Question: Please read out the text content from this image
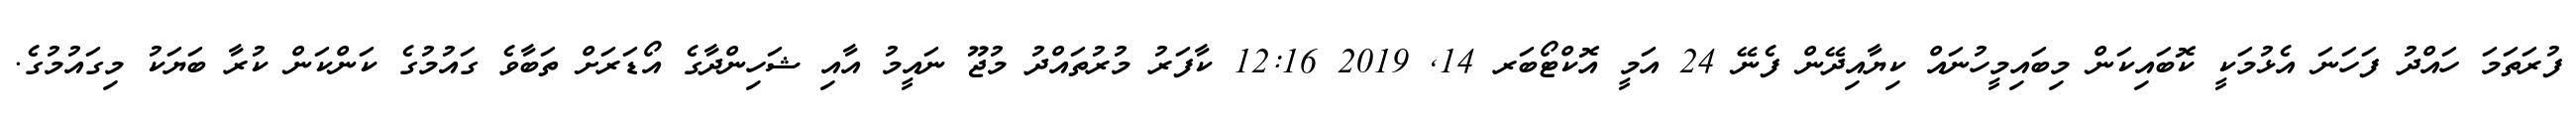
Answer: ފުރަތަމަ ހައްދު ފަހަނަ އެޅުމަކީ ކޮބައިކަން މިބައިމީހުނައް ކިޔާއިދޭން ފެނޭ 24 އަމީ އޮކްޓޯބަރ 14, 2019 12:16 ކާފަރު މުރުތައްދު މުޖޫ ނައީމު އާއި ޝަހިންދާގެ އޯޑަރަށް ތަބާވެ ގައުމުގެ ކަންކަން ކުރާ ބަޔަކު މިގައުމުގެ.